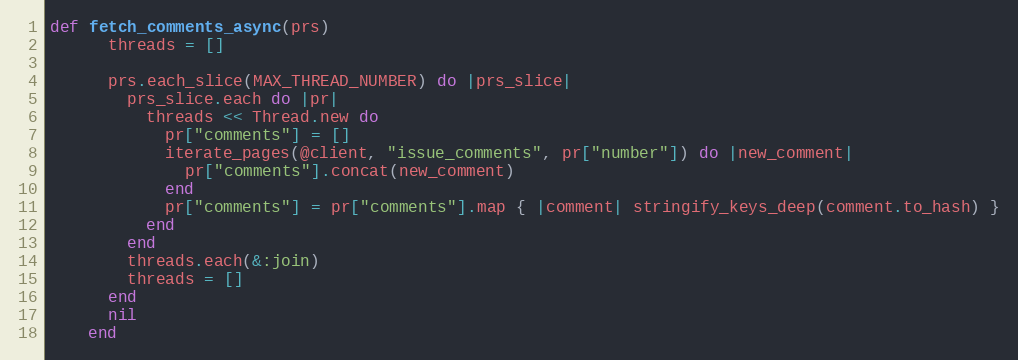
Language: Ruby
def fetch_comments_async(prs)
      threads = []

      prs.each_slice(MAX_THREAD_NUMBER) do |prs_slice|
        prs_slice.each do |pr|
          threads << Thread.new do
            pr["comments"] = []
            iterate_pages(@client, "issue_comments", pr["number"]) do |new_comment|
              pr["comments"].concat(new_comment)
            end
            pr["comments"] = pr["comments"].map { |comment| stringify_keys_deep(comment.to_hash) }
          end
        end
        threads.each(&:join)
        threads = []
      end
      nil
    end